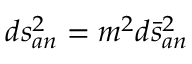
d s _ { a n } ^ { 2 } = m ^ { 2 } d \bar { s } _ { a n } ^ { 2 }